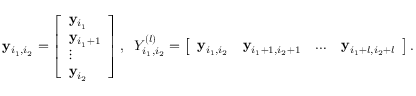
\begin{array} { r } { \mathbf { y } _ { i _ { 1 } , i _ { 2 } } = \left[ \begin{array} { l } { \mathbf { y } _ { i _ { 1 } } } \\ { \mathbf { y } _ { i _ { 1 } + 1 } } \\ { \vdots } \\ { \mathbf { y } _ { i _ { 2 } } } \end{array} \right] , \; \; Y _ { i _ { 1 } , i _ { 2 } } ^ { ( l ) } = \left[ \begin{array} { l l l l } { \mathbf { y } _ { i _ { 1 } , i _ { 2 } } } & { \mathbf { y } _ { i _ { 1 } + 1 , i _ { 2 } + 1 } } & { \ldots } & { \mathbf { y } _ { i _ { 1 } + l , i _ { 2 } + l } } \end{array} \right] . } \end{array}